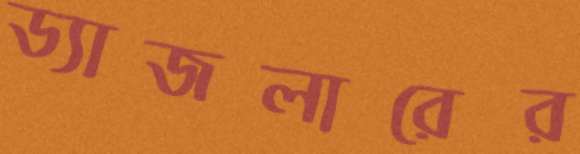
ড্যাজলারের